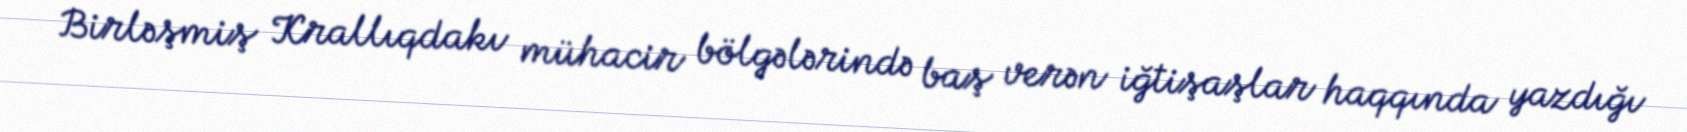
Birləşmiş Krallıqdakı mühacir bölgələrində baş verən iğtişaşlar haqqında yazdığı